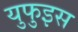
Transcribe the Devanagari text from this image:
युफुइस